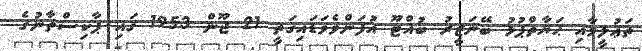
ތަޢުލީމާއި ޙަޔާތްޕުޅު ބޭނަޒީރު ބުއްޓޫ އުފަންވެވަޑައިގަތީ 21 ޖޫން 1953 ގައި ޕާކިސްތާނުގެ